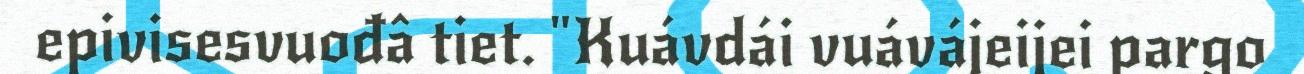
epivisesvuođâ tiet. "Kuávdái vuávájeijei pargo